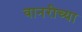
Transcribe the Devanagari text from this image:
वानरीच्या